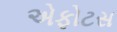
એફોટસ